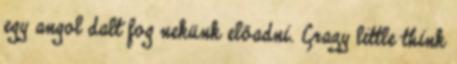
egy angol dalt fog nekünk előadni. Crazy little think